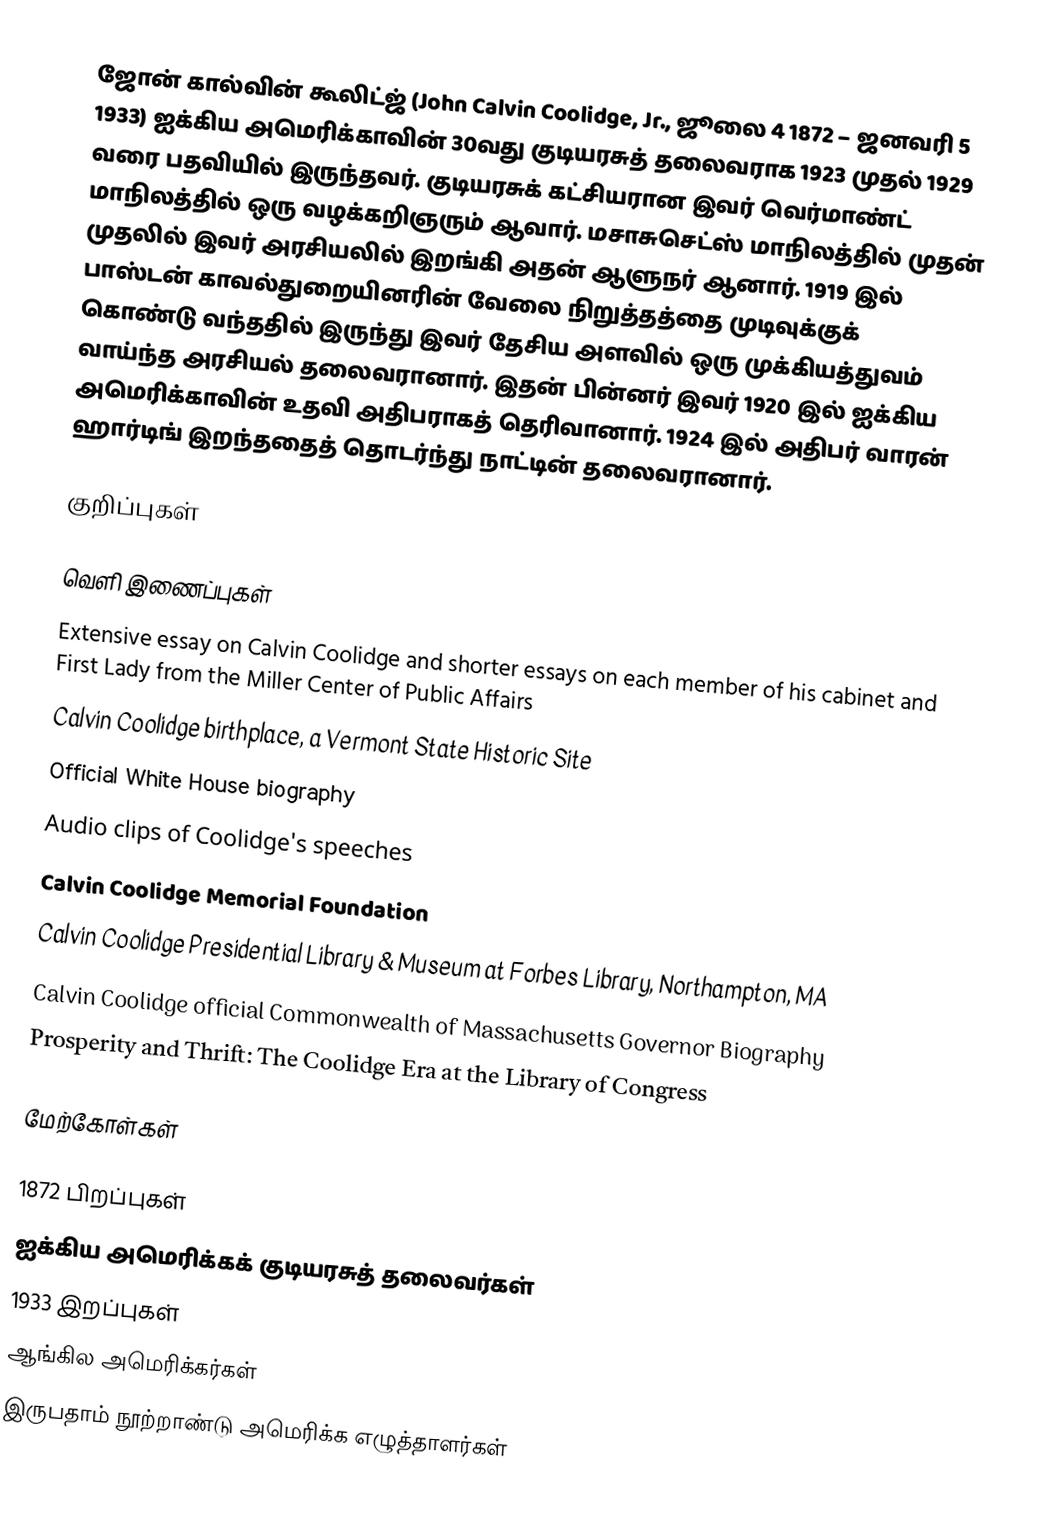
ஜோன் கால்வின் கூலிட்ஜ் (John Calvin Coolidge, Jr., ஜூலை 4 1872 – ஜனவரி 5 1933) ஐக்கிய அமெரிக்காவின் 30வது குடியரசுத் தலைவராக 1923 முதல் 1929 வரை பதவியில் இருந்தவர். குடியரசுக் கட்சியரான இவர் வெர்மாண்ட் மாநிலத்தில் ஒரு வழக்கறிஞரும் ஆவார். மசாசுசெட்ஸ் மாநிலத்தில் முதன் முதலில் இவர் அரசியலில் இறங்கி அதன் ஆளுநர் ஆனார். 1919 இல் பாஸ்டன் காவல்துறையினரின் வேலை நிறுத்தத்தை முடிவுக்குக் கொண்டு வந்ததில் இருந்து இவர் தேசிய அளவில் ஒரு முக்கியத்துவம் வாய்ந்த அரசியல் தலைவரானார். இதன் பின்னர் இவர் 1920 இல் ஐக்கிய அமெரிக்காவின் உதவி அதிபராகத் தெரிவானார். 1924 இல் அதிபர் வாரன் ஹார்டிங் இறந்ததைத் தொடர்ந்து நாட்டின் தலைவரானார்.

குறிப்புகள்

வெளி இணைப்புகள்
 Extensive essay on Calvin Coolidge and shorter essays on each member of his cabinet and First Lady from the Miller Center of Public Affairs
 Calvin Coolidge birthplace, a Vermont State Historic Site
 Official White House biography
 Audio clips of Coolidge's speeches
 Calvin Coolidge Memorial Foundation
 Calvin Coolidge Presidential Library & Museum at Forbes Library, Northampton, MA
 Calvin Coolidge official Commonwealth of Massachusetts Governor Biography
 Prosperity and Thrift: The Coolidge Era at the Library of Congress

மேற்கோள்கள்

1872 பிறப்புகள்
ஐக்கிய அமெரிக்கக் குடியரசுத் தலைவர்கள்
1933 இறப்புகள்
ஆங்கில அமெரிக்கர்கள்
இருபதாம் நூற்றாண்டு அமெரிக்க எழுத்தாளர்கள்